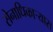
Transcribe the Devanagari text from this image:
सेनाधिकार्‍यास